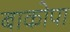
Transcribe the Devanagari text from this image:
बाकोपा